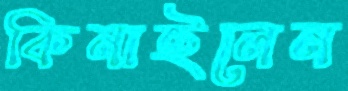
কিনাইলেন